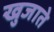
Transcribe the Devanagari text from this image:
खुजाते